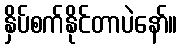
နှိပ်စက်နိုင်တာပဲနော်။